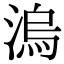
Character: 溩